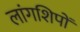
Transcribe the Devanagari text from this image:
लांगशिपों